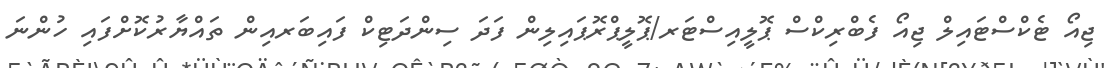
ޖިއޯ ޓެކްސްޓައިލް ޖިއޯ ފެބްރިކްސް ޕޮލީއިސްޓަރ/ޕޮލީޕްރޮޕައިލިން ފަދަ ސިންދަޓިކް ފައިބަރއިން ތައްޔާރުކޮށްފައި ހުންނަ